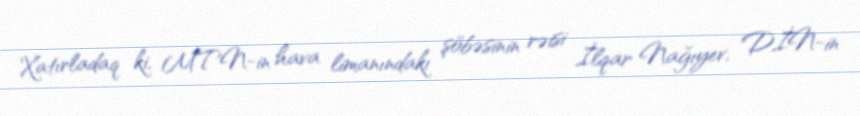
Xatırladaq ki, MTN-in hava limanındakı şöbəsinin rəisi İlqar Nağıyev, DİN-in